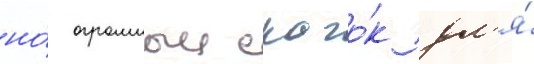
но́ огромныи скачо́к дл'я́